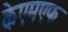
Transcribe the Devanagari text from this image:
केएमएफ